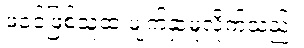
ဖခင်ဖြစ်သူထံ မျက်နှာမူလိုက်သည်။